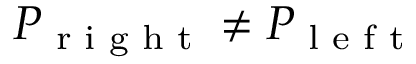
P _ { \textrm { r i g h t } } \neq P _ { \textrm { l e f t } }